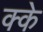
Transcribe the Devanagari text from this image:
क्के